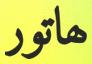
ھاتور